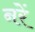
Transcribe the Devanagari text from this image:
नरें